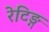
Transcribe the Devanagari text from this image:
रेटिङ्ग